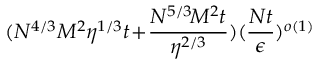
( N ^ { 4 / 3 } M ^ { 2 } \eta ^ { 1 / 3 } t \! + \! \frac { N ^ { 5 / 3 } \! M ^ { 2 } t } { \eta ^ { 2 / 3 } } ) ( \frac { N t } { \epsilon } ) ^ { o ( 1 ) }